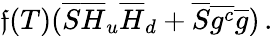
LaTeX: \mathfrak{f}(T)(\overline{{{{S}}}}\overline{{{{H}}}}_{u}\overline{{{{H}}}}_{d}+\overline{{{{S}}}}\overline{{{{g^{c}}}}}\overline{{{{g}}}})\, .